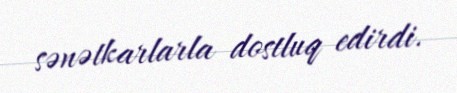
sənətkarlarla dostluq edirdi.